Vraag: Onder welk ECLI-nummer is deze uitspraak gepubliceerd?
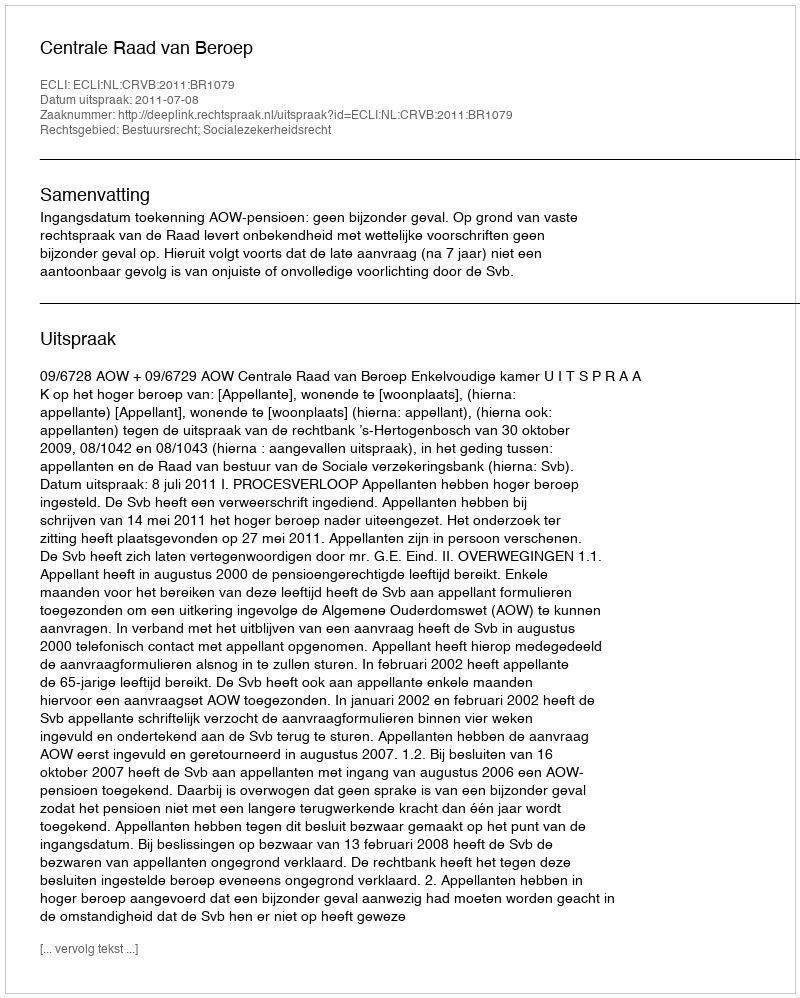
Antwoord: ECLI:NL:CRVB:2011:BR1079